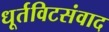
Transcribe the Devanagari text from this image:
धूर्तविटसंवाद